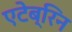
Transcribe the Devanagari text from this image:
एटेब्रिन